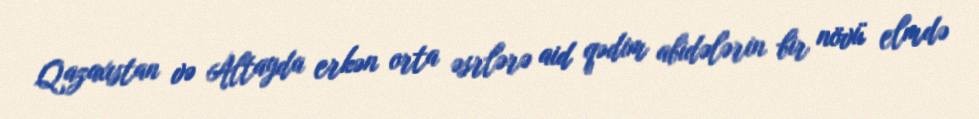
Qazaxıstan və Altayda erkən orta əsrlərə aid qədim abidələrin bir növü elmdə